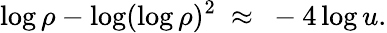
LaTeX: \log\rho-\log(\log\rho)^{2}~\approx~-4\log u.